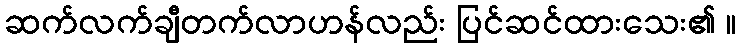
ဆက်လက်ချီတက်လာဟန်လည်း ပြင်ဆင်ထားသေး၏ ။